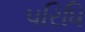
પરિધિ